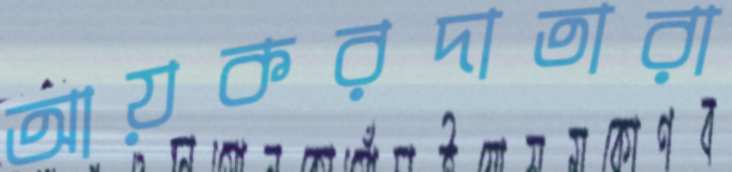
আয়করদাতারা